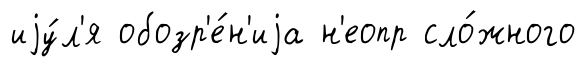
иjу́л'я обозр'е́н'иjа н'еопр сло́жного